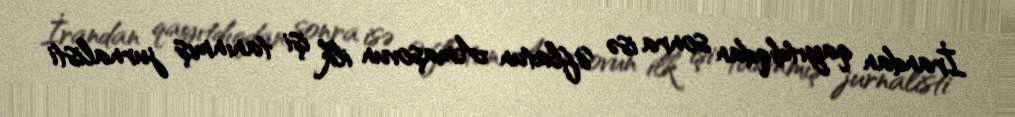
İrandan qayıtdıqdan sonra isə Əflatun Amaşovun ilk işi tanınmış jurnalisti